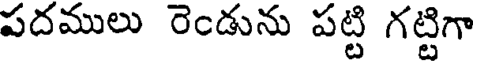
పదములు రెండును పట్టి గట్టిగా